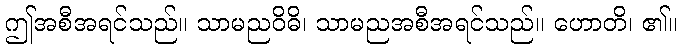
ဤအစီအရင်သည်။ သာမညဝိဓိ၊ သာမညအစီအရင်သည်။ ဟောတိ၊ ၏။